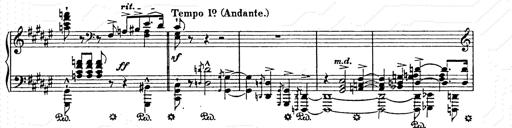
Title: AnnÃ©es de pÃ¨lerinage II
Composer: Franz Liszt